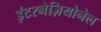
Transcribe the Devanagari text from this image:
इंटरनेज़ियोनेल